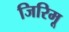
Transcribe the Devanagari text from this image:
जिरिमू